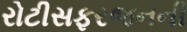
રોટીસફરજનની